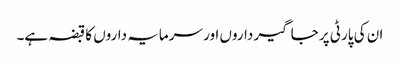
ان کی پارٹی پر جاگیر داروں اور سرمایہ داروں کا قبضہ ہے۔